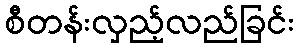
စီတန်းလှည့်လည်ခြင်း